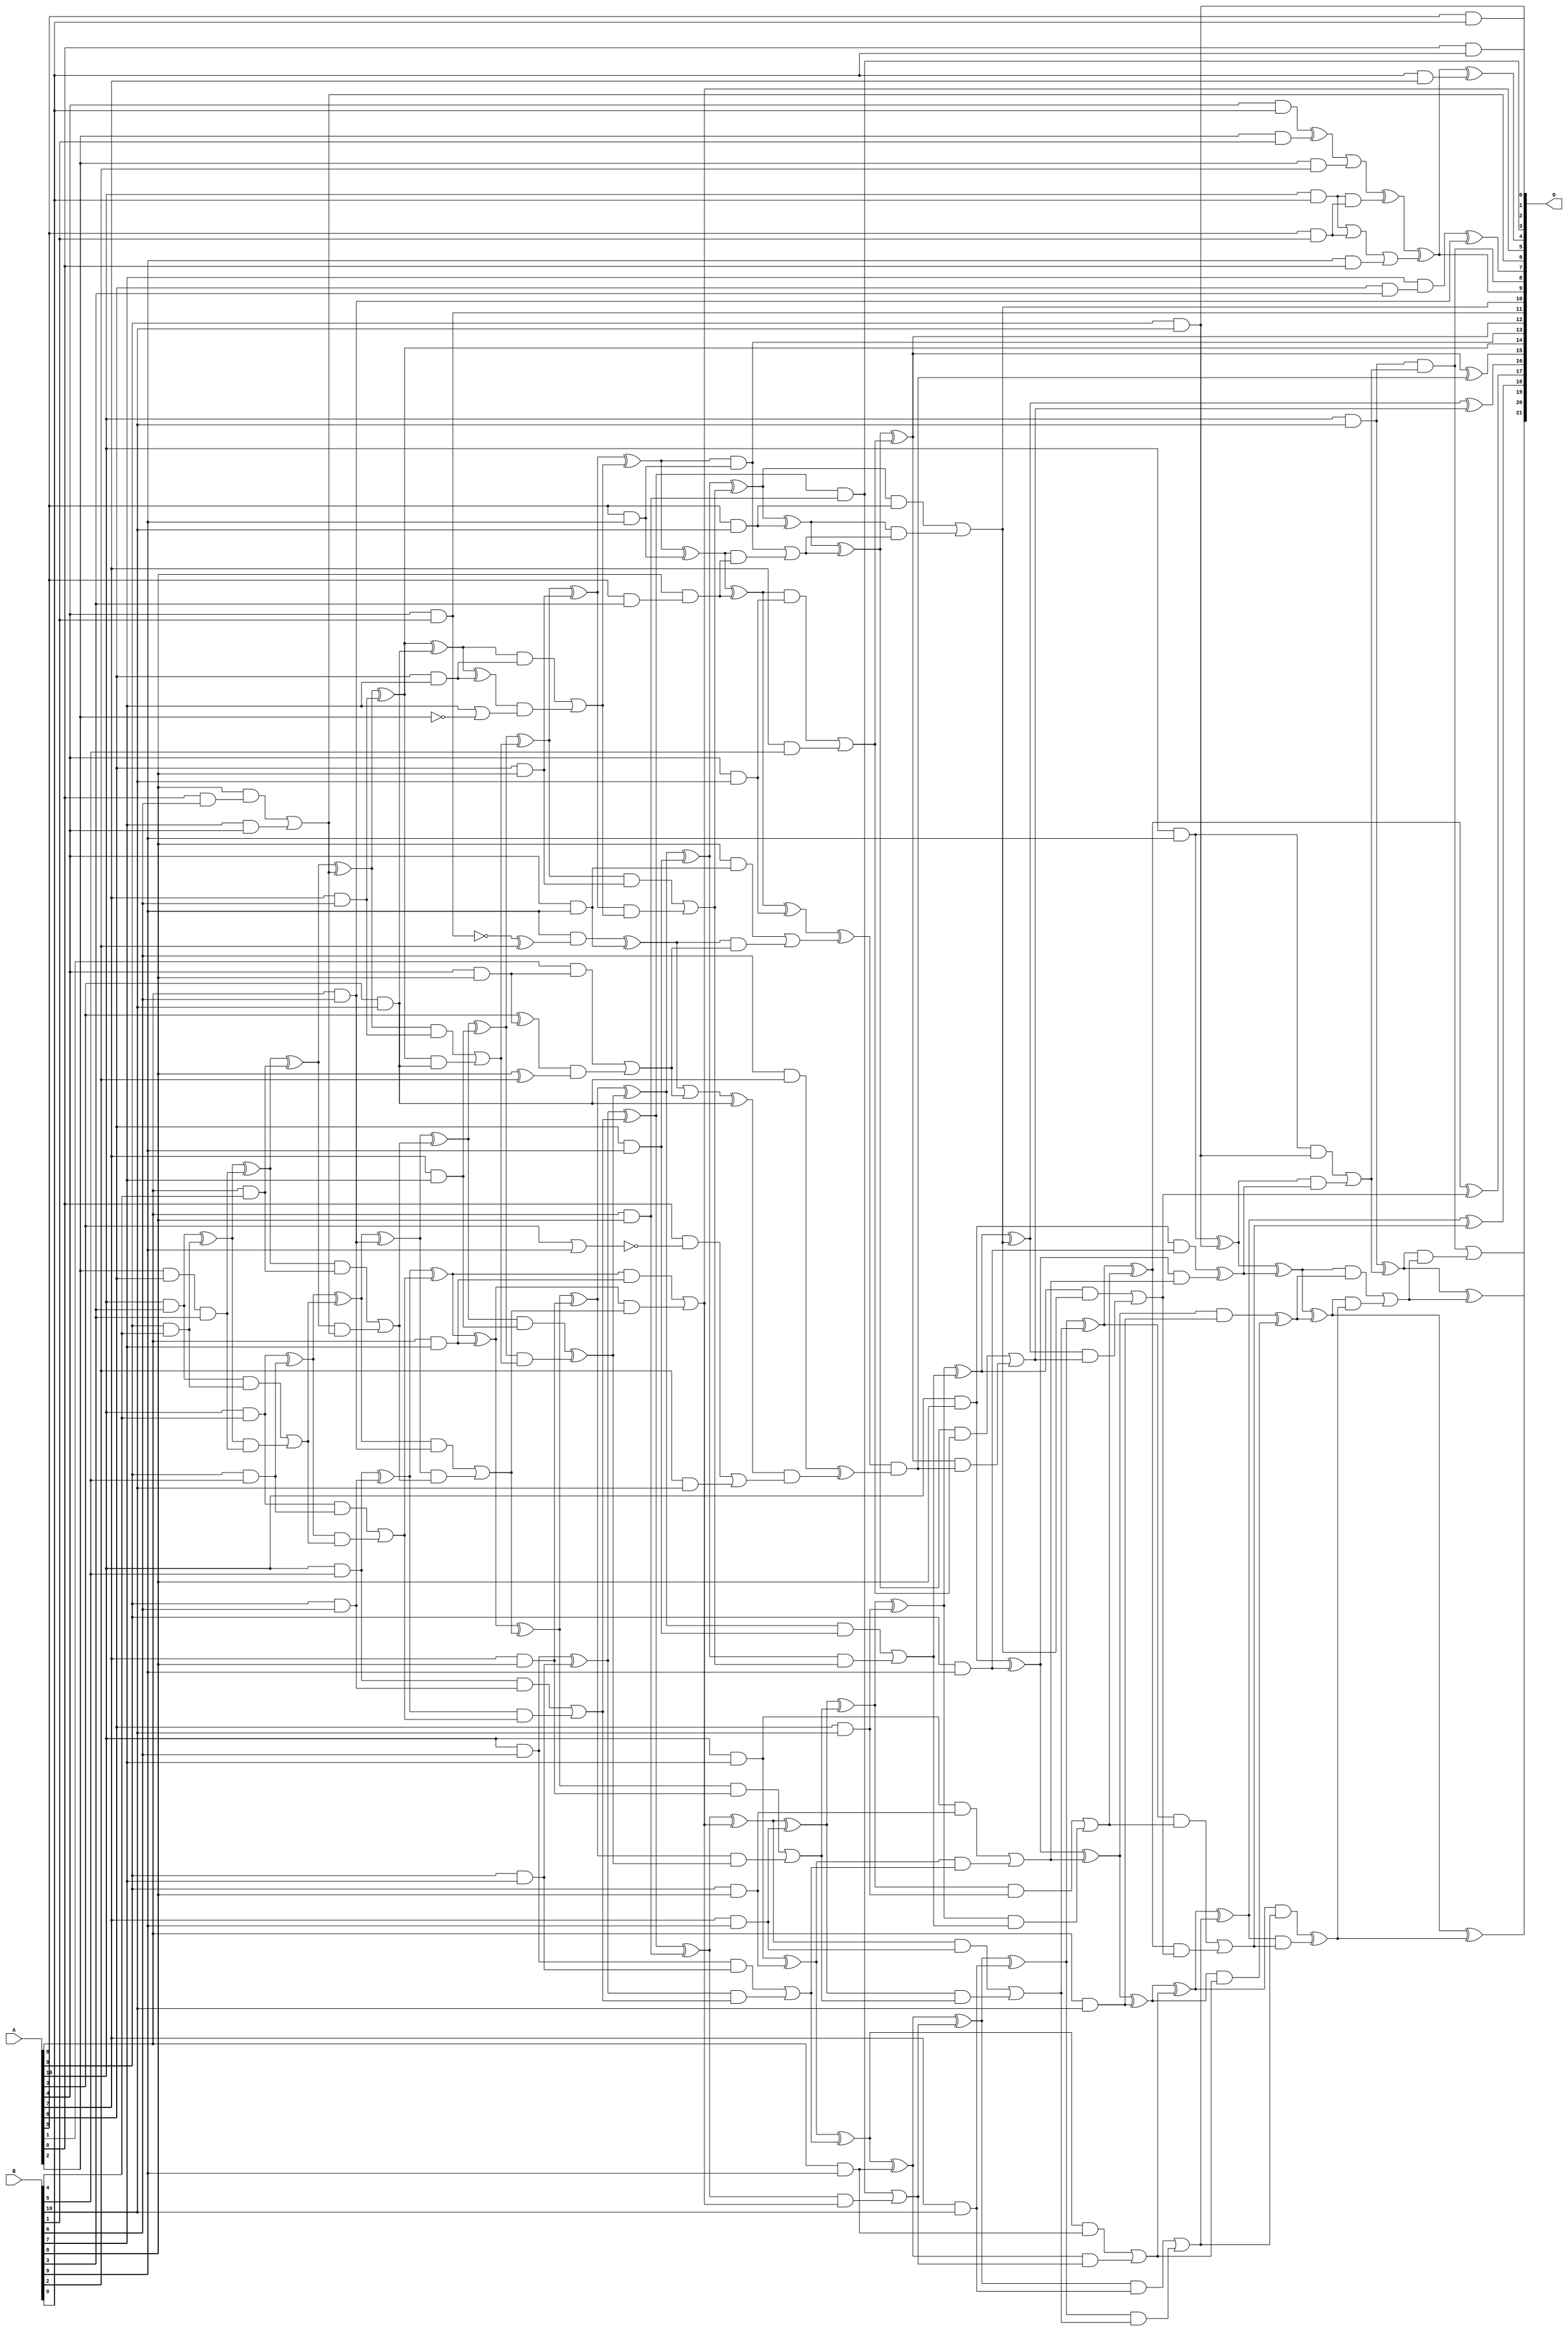
/***
* This code is a part of EvoApproxLib library (ehw.fit.vutbr.cz/approxlib) distributed under The MIT License.
* When used, please cite the following article(s): V. Mrazek, S. S. Sarwar, L. Sekanina, Z. Vasicek and K. Roy, "Design of power-efficient approximate multipliers for approximate artificial neural networks," 2016 IEEE/ACM International Conference on Computer-Aided Design (ICCAD), Austin, TX, 2016, pp. 1-7. doi: 10.1145/2966986.2967021 
* This file contains a circuit from a sub-set of pareto optimal circuits with respect to the pwr and mae parameters
***/
// MAE% = 0.38 %
// MAE = 16085 
// WCE% = 1.99 %
// WCE = 83484 
// WCRE% = 6500.00 %
// EP% = 99.89 %
// MRE% = 9.18 %
// MSE = 40139.971e4 
// PDK45_PWR = 0.311 mW
// PDK45_AREA = 561.8 um2
// PDK45_DELAY = 1.54 ns


module mul11u_0F3(A, B, O);
  input [10:0] A, B;
  output [21:0] O;
  wire [10:0] A, B;
  wire [21:0] O;
  wire sig_25, sig_26, sig_35, sig_36, sig_48, sig_49;
  wire sig_50, sig_66, sig_70, sig_81, sig_82, sig_84;
  wire sig_85, sig_88, sig_106, sig_107, sig_135, sig_137;
  wire sig_140, sig_141, sig_144, sig_180, sig_182, sig_185;
  wire sig_194, sig_195, sig_196, sig_223, sig_238, sig_239;
  wire sig_242, sig_243, sig_244, sig_245, sig_246, sig_255;
  wire sig_256, sig_257, sig_297, sig_298, sig_299, sig_300;
  wire sig_301, sig_302, sig_303, sig_304, sig_305, sig_306;
  wire sig_307, sig_315, sig_316, sig_317, sig_318, sig_351;
  wire sig_353, sig_355, sig_356, sig_357, sig_358, sig_359;
  wire sig_360, sig_361, sig_362, sig_363, sig_364, sig_365;
  wire sig_366, sig_367, sig_368, sig_375, sig_376, sig_377;
  wire sig_378, sig_379, sig_404, sig_406, sig_409, sig_410;
  wire sig_411, sig_412, sig_414, sig_415, sig_416, sig_417;
  wire sig_418, sig_419, sig_420, sig_421, sig_422, sig_423;
  wire sig_425, sig_426, sig_427, sig_428, sig_429, sig_434;
  wire sig_435, sig_436, sig_437, sig_438, sig_439, sig_440;
  wire sig_461, sig_462, sig_463, sig_465, sig_467, sig_469;
  wire sig_470, sig_471, sig_472, sig_473, sig_474, sig_475;
  wire sig_476, sig_477, sig_478, sig_479, sig_480, sig_481;
  wire sig_483, sig_484, sig_485, sig_486, sig_487, sig_488;
  wire sig_489, sig_490, sig_494, sig_495, sig_496, sig_497;
  wire sig_498, sig_499, sig_500, sig_501, sig_518, sig_519;
  wire sig_521, sig_522, sig_523, sig_524, sig_525, sig_526;
  wire sig_527, sig_529, sig_530, sig_531, sig_532, sig_533;
  wire sig_534, sig_535, sig_536, sig_537, sig_538, sig_539;
  wire sig_540, sig_541, sig_542, sig_543, sig_544, sig_545;
  wire sig_546, sig_547, sig_548, sig_549, sig_550, sig_551;
  wire sig_555, sig_556, sig_557, sig_558, sig_559, sig_560;
  wire sig_561, sig_562, sig_578, sig_579, sig_580, sig_582;
  wire sig_583, sig_584, sig_585, sig_586, sig_587, sig_588;
  wire sig_589, sig_590, sig_591, sig_593, sig_594, sig_595;
  wire sig_596, sig_597, sig_598, sig_599, sig_600, sig_601;
  wire sig_602, sig_603, sig_604, sig_605, sig_606, sig_607;
  wire sig_608, sig_609, sig_610, sig_611, sig_612, sig_626;
  wire sig_629, sig_631, sig_632, sig_634, sig_635, sig_636;
  wire sig_637, sig_639, sig_640, sig_641, sig_642, sig_644;
  wire sig_645, sig_646, sig_647, sig_649, sig_650, sig_651;
  wire sig_652, sig_654, sig_655, sig_657;
  assign O[0] = A[0] & B[0];
  assign sig_25 = A[10] & B[0];
  assign sig_26 = A[4] & B[0];
  assign sig_35 = A[5] & B[1];
  assign sig_36 = A[2] & B[1];
  assign sig_48 = sig_25 | sig_35;
  assign sig_49 = sig_25 & sig_35;
  assign sig_50 = sig_26 ^ sig_36;
  assign sig_66 = A[2] & B[2];
  assign sig_70 = A[6] & B[3];
  assign sig_81 = sig_48;
  assign sig_82 = B[9] & A[0];
  assign sig_84 = sig_81 | sig_82;
  assign sig_85 = sig_50 | sig_66;
  assign sig_88 = sig_85 ^ sig_49;
  assign sig_106 = B[7] & sig_70;
  assign sig_107 = B[6] & A[8];
  assign O[7] = sig_106 ^ sig_107;
  assign sig_135 = A[10] & B[3];
  assign sig_137 = B[0] & A[7];
  assign sig_140 = sig_137;
  assign sig_141 = sig_88;
  assign sig_144 = sig_141 ^ sig_84;
  assign sig_180 = A[4];
  assign sig_182 = A[2] & A[6];
  assign sig_185 = sig_182 & B[3];
  assign sig_194 = A[0] & B[6];
  assign sig_195 = A[9] & B[4];
  assign sig_196 = A[10] & B[4];
  assign O[9] = sig_144;
  assign O[4] = O[9] ^ sig_140;
  assign sig_223 = A[5] & B[0];
  assign O[2] = sig_223;
  assign sig_238 = B[8] & sig_194;
  assign sig_239 = B[7] & sig_180;
  assign O[6] = sig_238 | sig_239;
  assign sig_242 = sig_135 ^ sig_195;
  assign sig_243 = sig_135 & sig_195;
  assign sig_244 = sig_242 & sig_185;
  assign sig_245 = sig_242 ^ sig_185;
  assign sig_246 = sig_243 | sig_244;
  assign sig_255 = A[8] & B[4];
  assign sig_256 = A[9] & B[5];
  assign sig_257 = A[10] & B[5];
  assign sig_297 = A[3] & B[10];
  assign sig_298 = sig_245 ^ sig_255;
  assign sig_299 = sig_245 & sig_255;
  assign sig_300 = sig_298 & O[6];
  assign sig_301 = sig_298 ^ O[6];
  assign sig_302 = sig_299 | sig_300;
  assign sig_303 = sig_196 ^ sig_256;
  assign sig_304 = sig_196 & sig_256;
  assign sig_305 = sig_303 & sig_246;
  assign sig_306 = sig_303 ^ sig_246;
  assign sig_307 = sig_304 | sig_305;
  assign O[11] = A[4] & B[1];
  assign sig_315 = A[7] & B[6];
  assign sig_316 = A[8] & B[6];
  assign sig_317 = A[9] & B[6];
  assign sig_318 = A[10] & B[6];
  assign sig_351 = !A[2];
  assign sig_353 = B[7] | sig_351;
  assign O[14] = sig_301 ^ sig_315;
  assign sig_355 = sig_301 & sig_315;
  assign sig_356 = O[14] & sig_297;
  assign sig_357 = O[14] ^ sig_297;
  assign sig_358 = sig_355 | sig_356;
  assign sig_359 = sig_306 ^ sig_316;
  assign sig_360 = sig_306 & sig_316;
  assign sig_361 = sig_359 & sig_302;
  assign sig_362 = sig_359 ^ sig_302;
  assign sig_363 = sig_360 | sig_361;
  assign sig_364 = sig_257 ^ sig_317;
  assign sig_365 = sig_257 & sig_317;
  assign sig_366 = sig_364 & sig_307;
  assign sig_367 = sig_364 ^ sig_307;
  assign sig_368 = sig_365 | sig_366;
  assign sig_375 = A[6] & B[7];
  assign sig_376 = A[7] & B[7];
  assign sig_377 = A[8] & B[7];
  assign sig_378 = A[9] & B[7];
  assign sig_379 = A[10] & B[7];
  assign sig_404 = B[8] ^ B[2];
  assign sig_406 = !(A[4] & B[1]);
  assign sig_409 = sig_406 ^ B[2];
  assign sig_410 = sig_357 ^ sig_375;
  assign sig_411 = sig_357 & sig_375;
  assign sig_412 = sig_410 & sig_353;
  assign sig_414 = sig_411 | sig_412;
  assign sig_415 = sig_362 ^ sig_376;
  assign sig_416 = sig_362 & sig_376;
  assign sig_417 = sig_415 & sig_358;
  assign sig_418 = sig_415 ^ sig_358;
  assign sig_419 = sig_416 ^ sig_417;
  assign sig_420 = sig_367 ^ sig_377;
  assign sig_421 = sig_367 & sig_377;
  assign sig_422 = sig_420 & sig_363;
  assign sig_423 = sig_420 ^ sig_363;
  assign O[5] = sig_421 | sig_422;
  assign sig_425 = sig_318 ^ sig_378;
  assign sig_426 = sig_318 & sig_378;
  assign sig_427 = sig_425 & sig_368;
  assign sig_428 = sig_425 ^ sig_368;
  assign sig_429 = sig_426 | sig_427;
  assign sig_434 = A[4] & B[8];
  assign sig_435 = A[5] & B[3];
  assign sig_436 = A[6] & B[8];
  assign sig_437 = A[7] & B[8];
  assign sig_438 = A[8] & B[8];
  assign sig_439 = A[9] & B[8];
  assign sig_440 = A[10] & B[8];
  assign sig_461 = A[3] ^ sig_434;
  assign sig_462 = A[1] & sig_434;
  assign sig_463 = sig_461 & sig_404;
  assign sig_465 = sig_462 | sig_463;
  assign sig_467 = B[8] & sig_435;
  assign sig_469 = B[9] & sig_409;
  assign sig_470 = sig_467;
  assign sig_471 = sig_418 ^ sig_436;
  assign sig_472 = sig_418 & sig_436;
  assign sig_473 = sig_471 & sig_414;
  assign sig_474 = sig_471 ^ sig_414;
  assign sig_475 = sig_472 | sig_473;
  assign sig_476 = sig_423 ^ sig_437;
  assign sig_477 = sig_423 & sig_437;
  assign sig_478 = sig_476 & sig_419;
  assign sig_479 = sig_476 ^ sig_419;
  assign sig_480 = sig_477 | sig_478;
  assign sig_481 = sig_428 ^ sig_438;
  assign O[3] = sig_428 & sig_438;
  assign sig_483 = sig_481 & O[5];
  assign sig_484 = sig_481 ^ O[5];
  assign sig_485 = O[3] | sig_483;
  assign sig_486 = sig_379 ^ sig_439;
  assign sig_487 = sig_379 & sig_439;
  assign sig_488 = sig_486 & sig_429;
  assign sig_489 = sig_486 ^ sig_429;
  assign sig_490 = sig_487 | sig_488;
  assign sig_494 = !(A[3] | B[9]);
  assign sig_495 = A[4] & B[9];
  assign sig_496 = A[5] & B[9];
  assign sig_497 = A[6] & B[9];
  assign sig_498 = A[7] & B[9];
  assign sig_499 = A[8] & B[9];
  assign sig_500 = A[9] & B[9];
  assign sig_501 = A[10] & B[9];
  assign sig_518 = A[0] & sig_494;
  assign sig_519 = B[2] & B[10];
  assign sig_521 = sig_518 | sig_519;
  assign sig_522 = sig_469 ^ sig_495;
  assign sig_523 = B[8] & sig_495;
  assign sig_524 = sig_522 & sig_465;
  assign sig_525 = sig_522 | sig_465;
  assign sig_526 = sig_523 | sig_524;
  assign sig_527 = sig_474 ^ sig_496;
  assign O[13] = sig_474 & sig_496;
  assign sig_529 = sig_527 & sig_470;
  assign sig_530 = sig_527 ^ sig_470;
  assign sig_531 = O[13] | sig_529;
  assign sig_532 = sig_479 ^ sig_497;
  assign sig_533 = sig_479 & sig_497;
  assign sig_534 = sig_532 & sig_475;
  assign sig_535 = sig_532 ^ sig_475;
  assign sig_536 = sig_533 | sig_534;
  assign sig_537 = sig_484 ^ sig_498;
  assign sig_538 = sig_484 & sig_498;
  assign sig_539 = sig_537 & sig_480;
  assign sig_540 = sig_537 ^ sig_480;
  assign sig_541 = sig_538 | sig_539;
  assign sig_542 = sig_489 ^ sig_499;
  assign sig_543 = sig_489 & sig_499;
  assign sig_544 = sig_542 & sig_485;
  assign sig_545 = sig_542 ^ sig_485;
  assign sig_546 = sig_543 | sig_544;
  assign sig_547 = sig_440 ^ sig_500;
  assign sig_548 = sig_440 & sig_500;
  assign sig_549 = sig_547 & sig_490;
  assign sig_550 = sig_547 ^ sig_490;
  assign sig_551 = sig_548 ^ sig_549;
  assign sig_555 = A[3] & B[10];
  assign sig_556 = A[4] & B[10];
  assign sig_557 = A[5] & B[10];
  assign sig_558 = A[6] & B[10];
  assign sig_559 = A[7] & B[10];
  assign sig_560 = A[8] & B[10];
  assign sig_561 = A[9] & B[10];
  assign sig_562 = A[10] & B[10];
  assign sig_578 = sig_525 ^ sig_555;
  assign sig_579 = B[6] & sig_555;
  assign sig_580 = sig_578 & sig_521;
  assign sig_582 = sig_579 ^ sig_580;
  assign sig_583 = sig_530 ^ sig_556;
  assign sig_584 = sig_530 & sig_556;
  assign sig_585 = A[7] & B[5];
  assign sig_586 = sig_583 ^ sig_526;
  assign sig_587 = sig_584 | sig_585;
  assign sig_588 = sig_535 ^ sig_557;
  assign sig_589 = sig_535 & sig_557;
  assign sig_590 = sig_588 & sig_531;
  assign sig_591 = sig_588 ^ sig_531;
  assign O[10] = sig_589 | sig_590;
  assign sig_593 = sig_540 ^ sig_558;
  assign sig_594 = sig_540 & sig_558;
  assign sig_595 = sig_593 & sig_536;
  assign sig_596 = sig_593 ^ sig_536;
  assign sig_597 = sig_594 | sig_595;
  assign sig_598 = sig_545 ^ sig_559;
  assign sig_599 = sig_545 & sig_559;
  assign sig_600 = sig_598 & sig_541;
  assign sig_601 = sig_598 ^ sig_541;
  assign sig_602 = sig_599 | sig_600;
  assign sig_603 = sig_550 ^ sig_560;
  assign sig_604 = sig_550 & sig_560;
  assign sig_605 = sig_603 & sig_546;
  assign sig_606 = sig_603 ^ sig_546;
  assign sig_607 = sig_604 ^ sig_605;
  assign sig_608 = sig_501 ^ sig_561;
  assign sig_609 = sig_501 & sig_561;
  assign sig_610 = sig_608 & sig_551;
  assign sig_611 = sig_608 ^ sig_551;
  assign sig_612 = sig_609 | sig_610;
  assign O[1] = A[9] & B[10];
  assign sig_626 = sig_586 & sig_582;
  assign sig_629 = sig_626;
  assign O[12] = sig_591 ^ sig_587;
  assign sig_631 = sig_591 & sig_587;
  assign sig_632 = O[12] & sig_629;
  assign O[15] = O[12] ^ sig_629;
  assign sig_634 = sig_631 | sig_632;
  assign sig_635 = sig_596 ^ O[10];
  assign sig_636 = sig_596 & O[10];
  assign sig_637 = sig_635 & sig_634;
  assign O[16] = sig_635 ^ sig_634;
  assign sig_639 = sig_636 | sig_637;
  assign sig_640 = sig_601 ^ sig_597;
  assign sig_641 = sig_601 & sig_597;
  assign sig_642 = sig_640 & sig_639;
  assign O[17] = sig_640 ^ sig_639;
  assign sig_644 = sig_641 | sig_642;
  assign sig_645 = sig_606 ^ sig_602;
  assign sig_646 = sig_606 & sig_602;
  assign sig_647 = sig_645 & sig_644;
  assign O[18] = sig_645 ^ sig_644;
  assign sig_649 = sig_646 ^ sig_647;
  assign sig_650 = sig_611 ^ sig_607;
  assign sig_651 = sig_611 & sig_607;
  assign sig_652 = sig_650 & sig_649;
  assign O[19] = sig_650 ^ sig_649;
  assign sig_654 = sig_651 | sig_652;
  assign sig_655 = sig_562 ^ sig_612;
  assign O[8] = sig_562 & sig_612;
  assign sig_657 = sig_655 & sig_654;
  assign O[20] = sig_655 ^ sig_654;
  assign O[21] = O[8] | sig_657;
endmodule